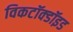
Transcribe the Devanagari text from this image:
विकटॉक्डॉइड